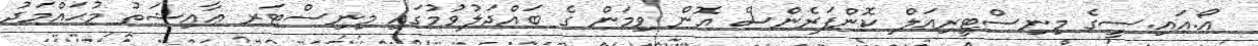
އޯ.އައި.ސީގެ މިނިސްޓީރިއަލް ކޮންފަރެންސް އޮން ވިމަން ގެ ބައްދަލުވުމުގައި މިނިސްޓަރ ޢާއިޝަތު މުޙައްމަދު